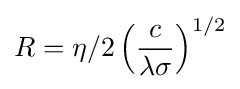
R=\eta /2\left({\frac {c}{\lambda \sigma }}\right)^{1/2}